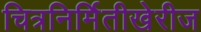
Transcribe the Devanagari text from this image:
चित्रनिर्मितीखेरीज